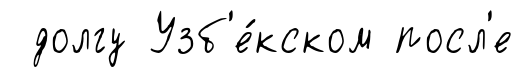
долгу Узб'е́кском посл'е